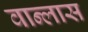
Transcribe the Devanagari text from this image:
वान्लास